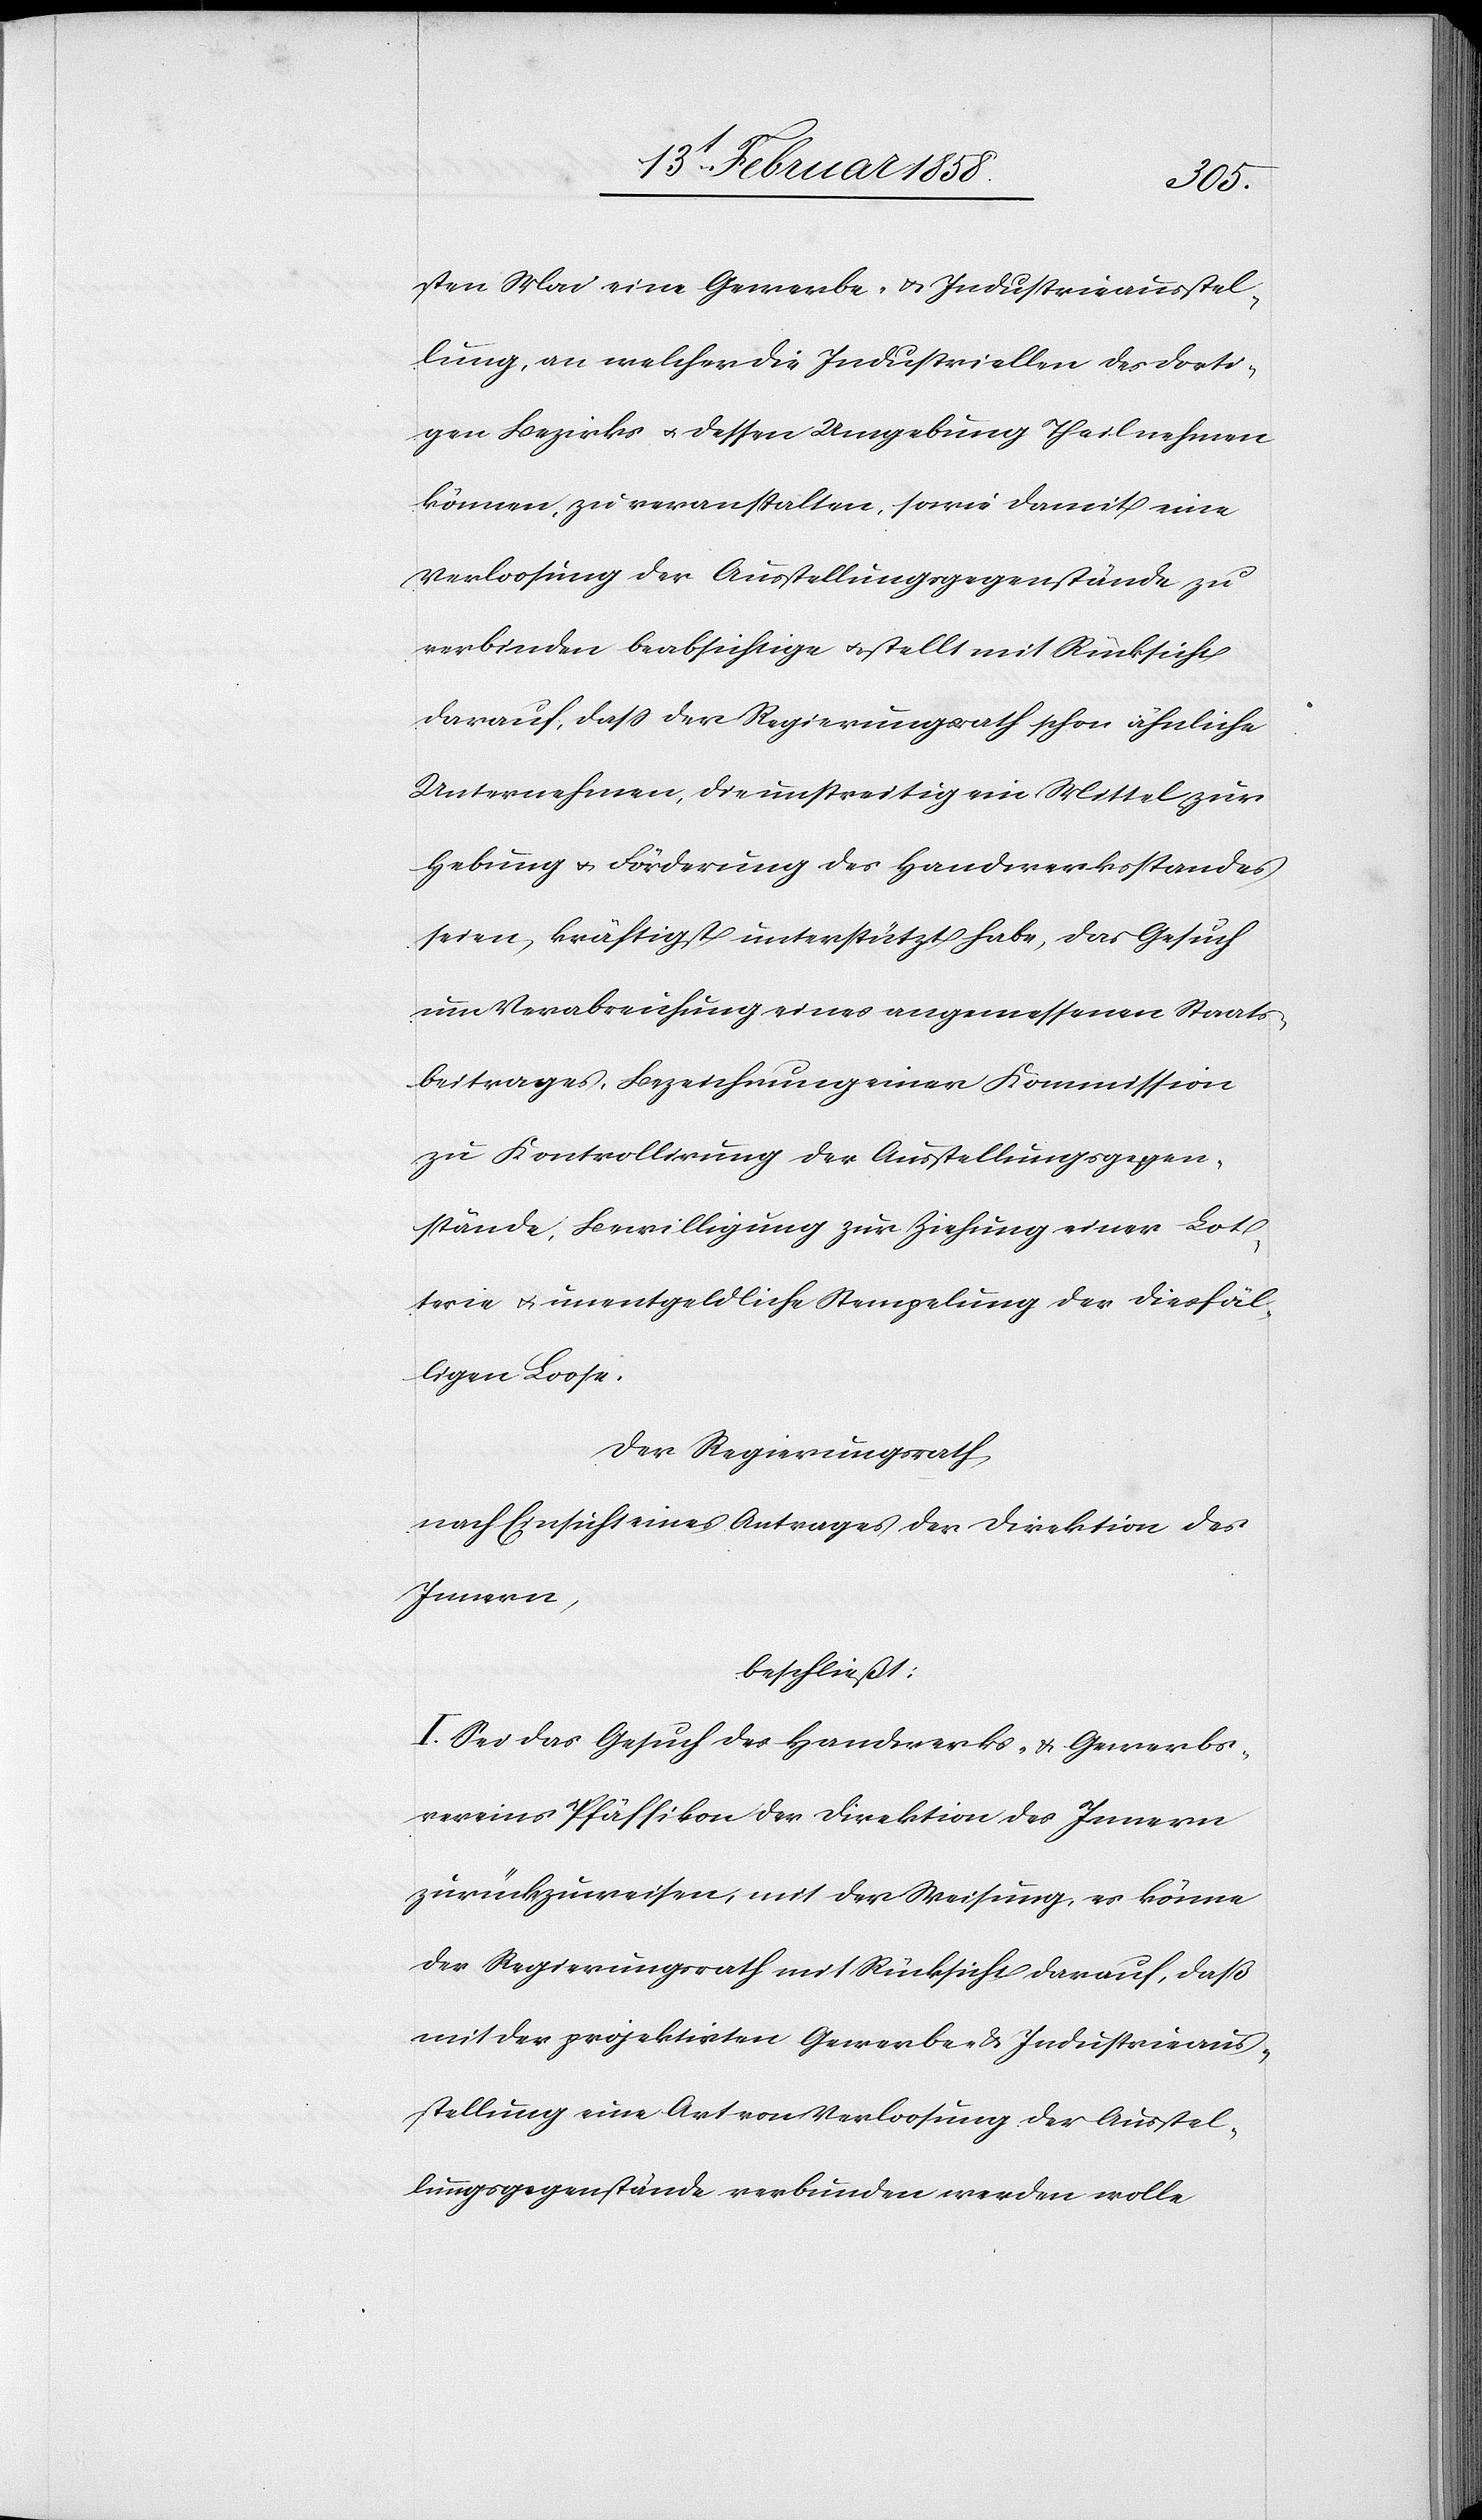
sten Mai eine Gewerbe- u. Industrieausstel¬
lung, an welcher die Industriellen des dorti¬
gen Bezirkes u. dessen Umgebung Theilnehmen
können, zu veranstalten, sowie damit eine
Verloosung der Ausstellungsgegenstände zu
verbinden beabsichtige u. stellt mit Rücksicht
darauf, daß der Regierungsrath schon ähnliche
Unternehmen, die unstreitig ein Mittel zur
Hebung u. Förderung des Handwerksstandes
seien, kräftigst unterstützt habe, das Gesuch
um Verabreichung eines angemessenen Staats¬
beitrages, Bezeichnung einer Kommission
zu Kontrollirung der Ausstellungsgegen¬
stände, Bewilligung zur Ziehung einer Lot¬
terie u. unentgeldliche Stempelung der diesfäl¬
ligen Loose.
Der Regierungsrath
nach Einsicht eines Antrages der Direktion des
Innern,
beschließt:
I. Sei das Gesuch des Handwerks- & Gewerbs¬
vereins Pfäffikon der Direktion des Innern
zurückzuweisen, mit der Weisung, es könne
der Regierungsrath mit Rücksicht darauf, daß
mit der projektirten Gewerbe- & Industrieaus¬
stellung eine Art von Verloosung der Ausstel¬
lungsgegenstände verbunden werden wolle